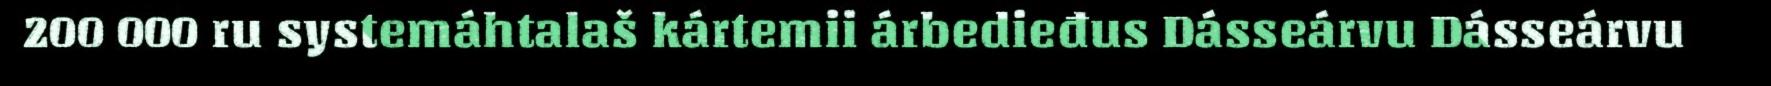
200 000 ru systemáhtalaš kártemii árbedieđus Dásseárvu Dásseárvu